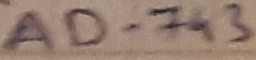
Text: AD-743